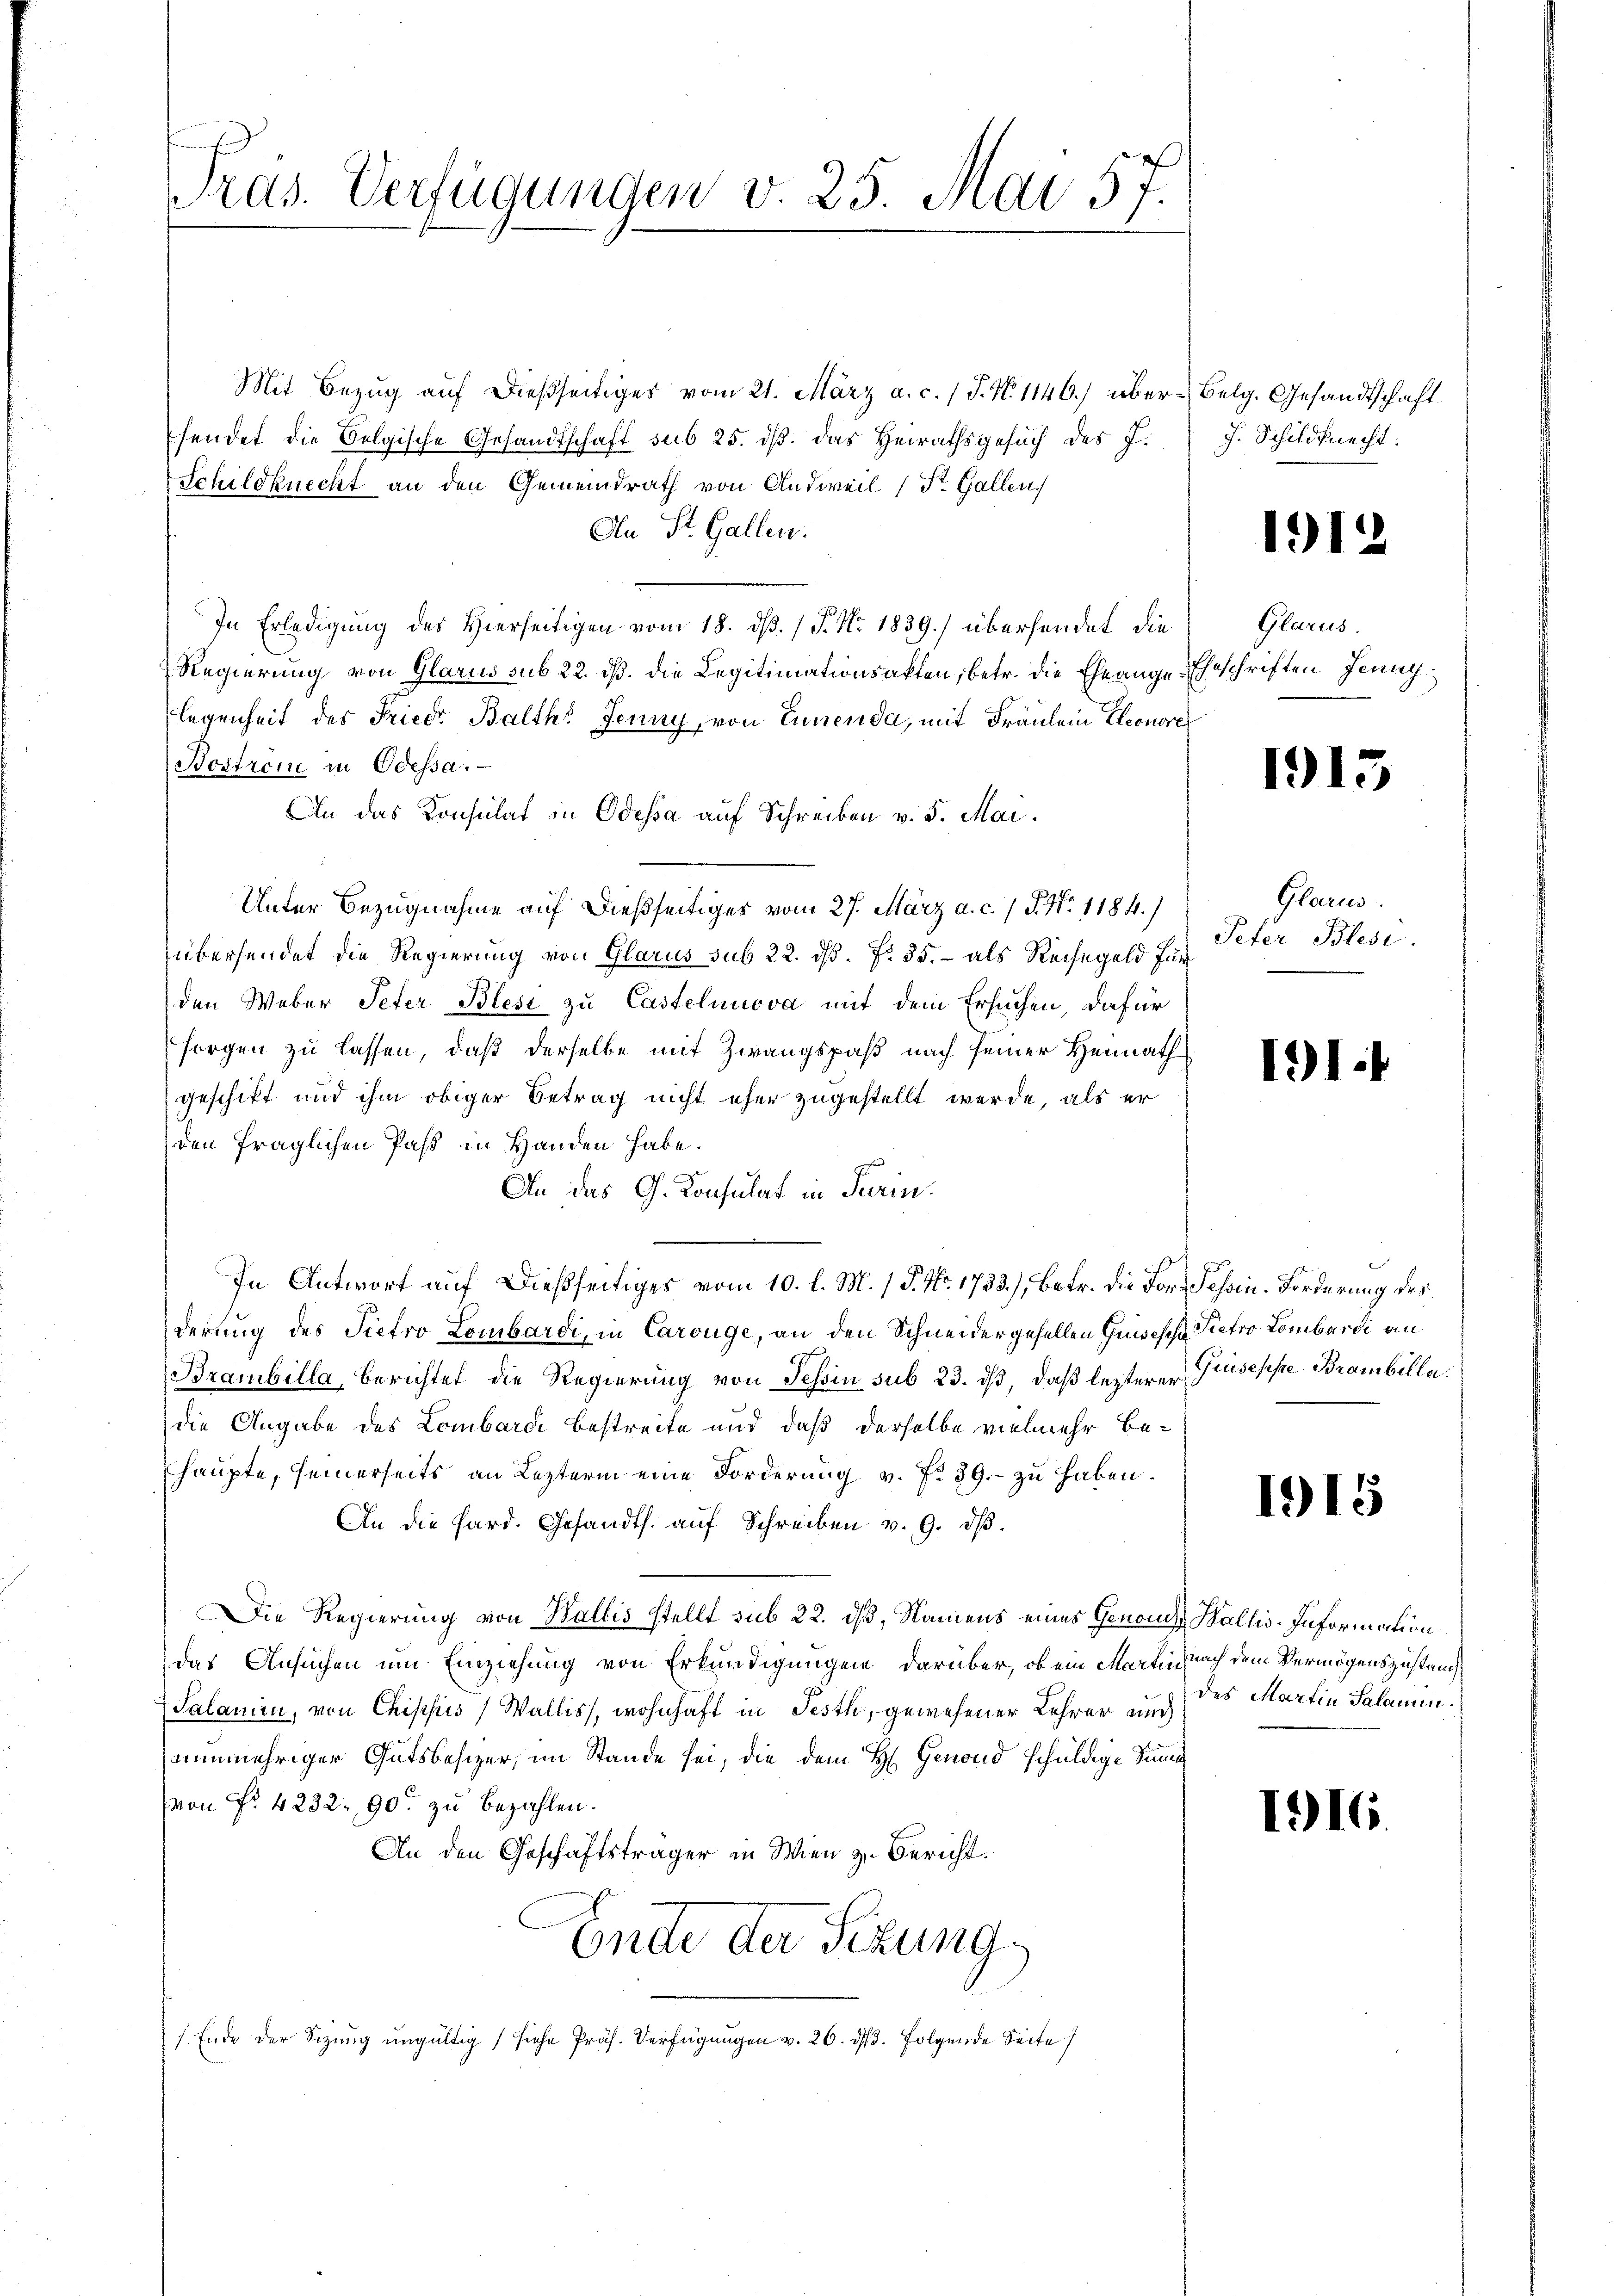
Pras. Verfügungen v. 25. Mai 57.

Mit Bezug auf dießseitiges vom 21. März a. c. / J. N. 1146) über Belg. Gesandtschaft
sendet die Belgische Gesandtschaft sub 25. dβ das Heirathsgesŭch des J. J. Schildknecht:
Schildknecht an den Gemeindrath von Andweil (St. Gallen,
An St. Gallen.
In Erledigung des Hierseitigen vom 18. dß. / P. Nr. 1839.) übersendet die
Regierung von Glarus sub 22. dß. die Legitimationsakten, betr. die Eheange Eheschriften Jenny
legenheit des Friedr Balth. Jenny, von Eucenda, mit Fräulein Eleonorer
Boström in Odessa.
An das Konsulat in Odessa auf Schreiben v. 5. Mai.
Unter Bezugnahme auf dießseitiger vom 27. März a. c. / P. Nr. 1184.)
übersendet die Regierung von Glarus sub 22. ds. f. 35. - als Reihegeld für
den Weber Peter Blesi zu Castelnnova mit dem Ersuchen, dafür
sorgen zu lassen, daß derselbe mit Zwangspaß nach seiner Heimath
geschikt und ihm obiger Betrag nicht eher zugestellt werde, als er
den fraglichen Pass in Handen habe.
An das G. Konsulat in Turin.
In Antwort auf dießseitiges vom 10. l. M. / P. No. 1733), betr. die For- Tessin. Forderung des
derung des Tiefro Lombardi, in Carouge, an den Schneidergehellen Guisesche Pietro Lombardi an
Brambilla, Berichtet die Regierung von Tessin sub 23. ds, daß lezterer Pruseppe Brambilla
die Angabe des Lombardi bestreite und daß derselbe vielmehr behaupte, seinerseits an Leztern eine Forderung v. 7. 39. - zu haben.
An die Hard. Gesandts. auf Schreiben v. 9. dβ.
Die Regierung von Wallis stellt sub 22. dß, Namens eines Genois Wallis-Information
das Ansuchen um Einziehung von Erkundigungen darüber, ob ein Martin nach dem Vermögenszustand
(Salanien, von Chippis (Wallis, wohnhaft in Festh, gewesener Lehrer und
nunmehriger Gutsbesizer, im Stande sei, die dem H. Genond schuldige Sinne
von Fr. 4232. 90 zu bezahlen.
An den Geschäftsträger in Wien z. Bericht.
Ende der Sekung
s Ende der Sitzung ungültig siche Präs. Verfügungen v. 26. d. 3. Folgende Seite

1912

Glarus.

1915

Glarus
Peter Blesi.

1914

1915

des Martin Salamin.

1916.